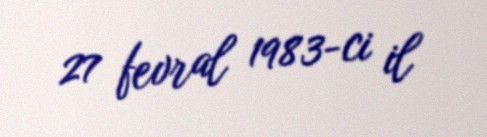
27 fevral 1983-ci il